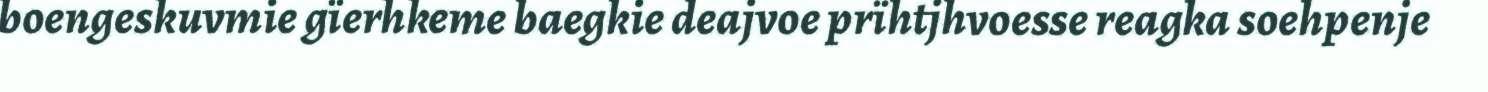
boengeskuvmie gïerhkeme baegkie deajvoe prïhtjhvoesse reagka soehpenje